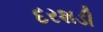
દરશડી